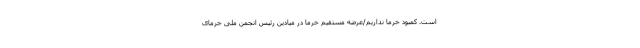
است. کمبود خرما نداریم/عرضه مستقیم خرما در میادین رئیس انجمن ملی خرمای